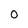
Character: 0